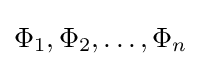
\Phi _{1},\Phi _{2},\dots ,\Phi _{n}